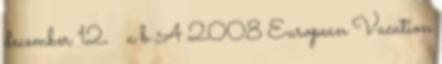
december 12. ↑ a b A 2008 European Vacation